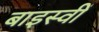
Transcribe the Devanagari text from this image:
बाइस्वीं